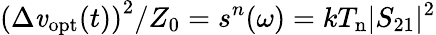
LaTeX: \left(\Delta\mathit{v}_{\mathrm{{opt}}}(t)\right)^{2}/Z_{0}=s^{n}(\omega)=kT_{\mathrm{{n}}}|S_{21}|^{2}